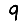
Digit: 9